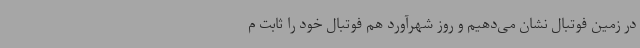
در زمین فوتبال نشان می‌دهیم و روز شهرآورد هم فوتبال خود را ثابت م